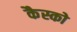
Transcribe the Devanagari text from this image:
कैस्को